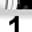
Digit: 1